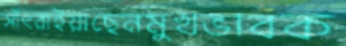
সাঁৎরাইয়াছেনমুখভাবক